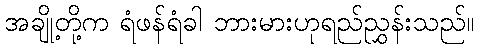
အချို့တို့က ရံဖန်ရံခါ ဘားမားဟုရည်ညွှန်းသည်။